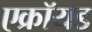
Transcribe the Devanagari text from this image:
एक्रॉयड